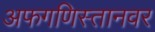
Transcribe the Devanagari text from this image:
अफगणिस्तानवर